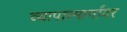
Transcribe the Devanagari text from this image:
व्यापारमार्गांवर